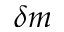
\delta m